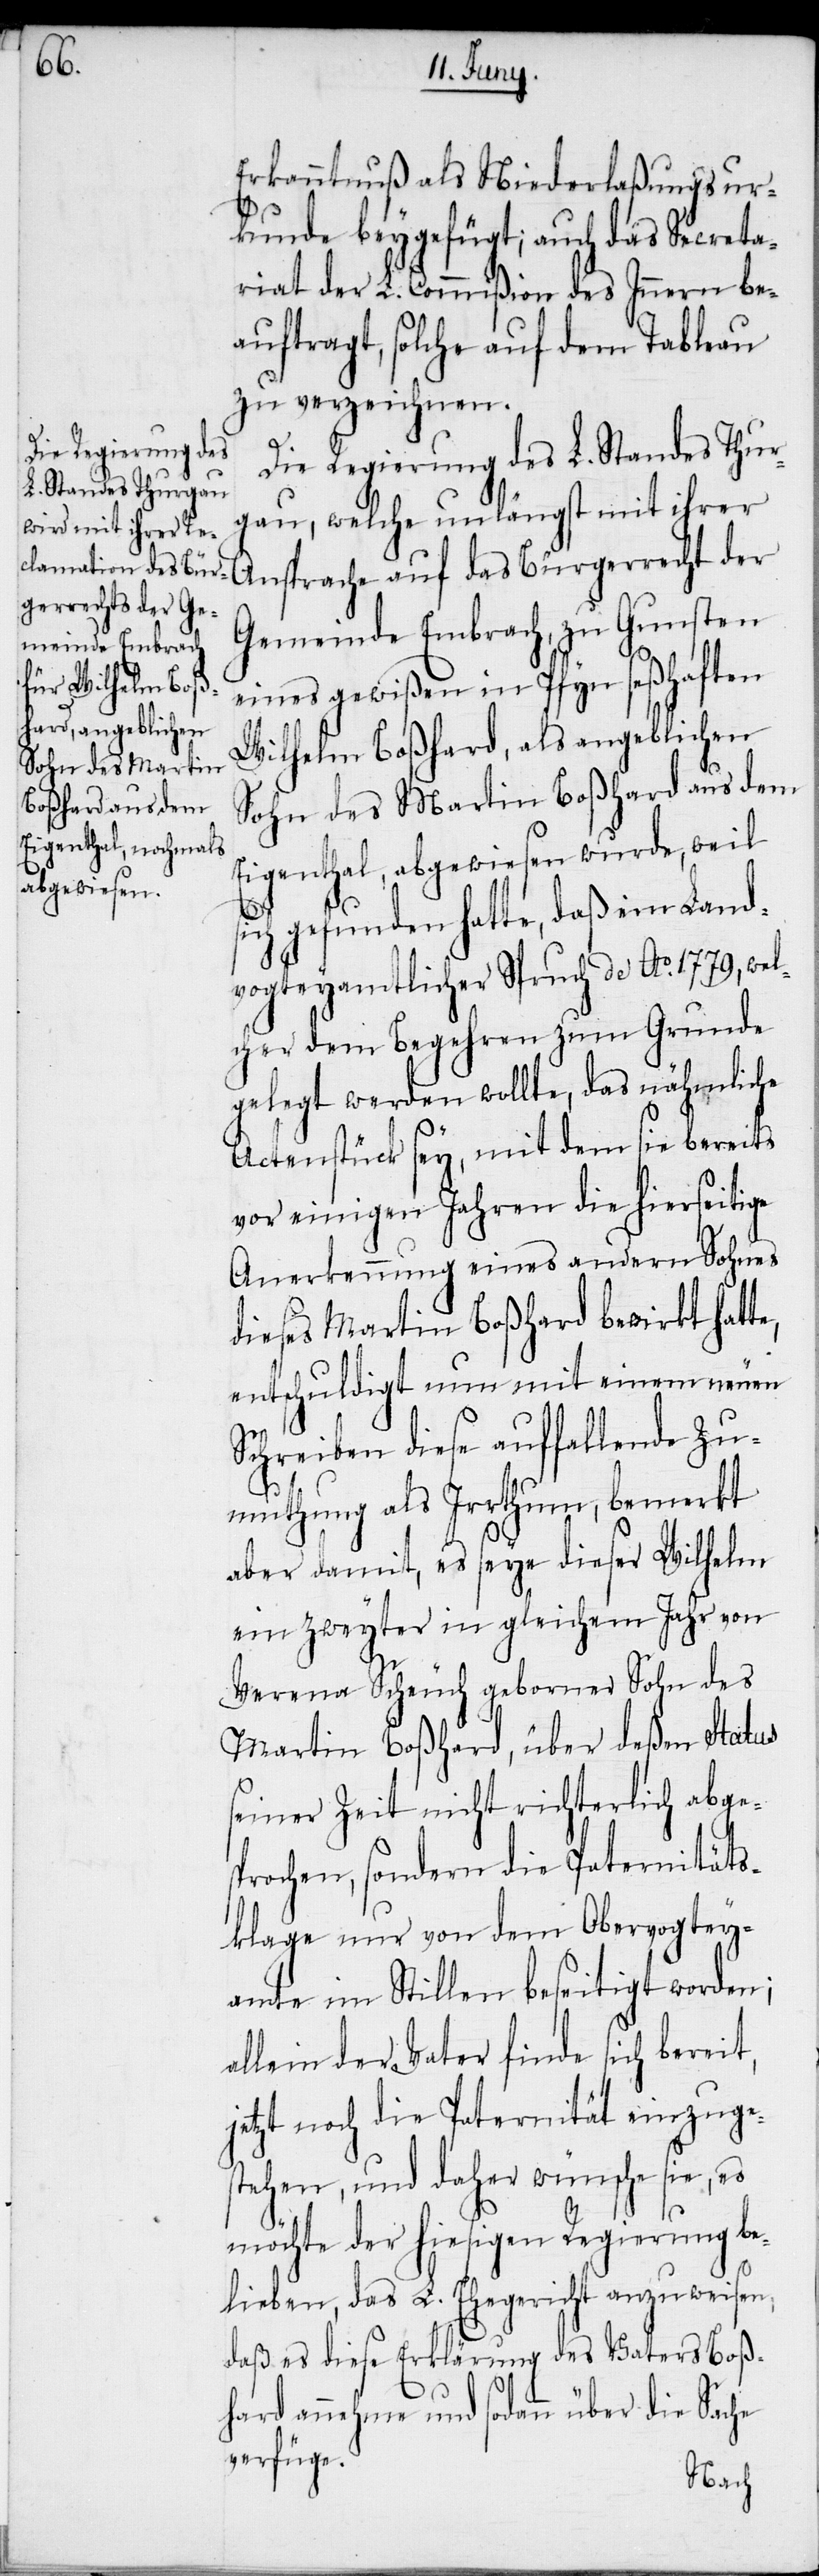
Erkanntnuß als Niederlaßungsur¬
kunde beygefügt; auch das Secreta¬
riat der L. Commißion des Innern be¬
auftragt, solche auf dem Tableau
zu verzeichnen.
Die Regierung des L. Standes Thur¬
gau, welche unlängst mit ihrer
Ansprache auf das Bürgerrecht der
Gemeinde Embrach, zu Gunsten
eines gewißen in Pfyn seßhaften
Wilhelm Boßhard, als angeblichen
Sohn des Martin Boßhard aus dem
Eigenthal, abgewiesen wurde, weil
sich gefunden hatte, daß ein Land¬
vogteyamtlicher Spruch de Ao. 1779, welc¬
her dem Begehren zum Grunde
gelegt werden wollte, das nähmliche
Actenstück sey, mit dem sie bereits
vor einigen Jahren die hierseitige
Anerkennung eines andern Sohnes
dieses Martin Boßhard bewirkt hatte,
entschuldigt nun mit einem neuen
Schreiben diese auffallende Zu¬
muthung als Irrthum, bemerkt
aber damit, es seye dieser Wilhelm
ein zweyter in gleichem Jahr von
Verena Scheuch geborner Sohn des
Martin Boßhard, über deßen Status
seiner Zeit nicht richterlich abge¬
sprochen, sondern die Paternitäts¬
klage nur von dem Obervogtey¬
amte im Stillen beseitigt worden;
allein der Vater finde sich bereit,
jetzt noch die Paternität einzuge¬
stehen, und daher wünsche sie, es
möchte der hiesigen Regierung be¬
lieben, das L. Ehegericht anzuweisen,
daß es diese Erklärung des Vaters Boß¬
hard annehme und sodann über die Sache
verfüge.